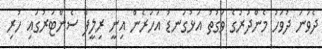
ދެވަނަ ދުވަހު މެންދުރުގެ ވަގުތު އަޅުގަނޑު އަހަރެން އިނީ ރިލީފް ސެންޓަރުގައި ހުރި